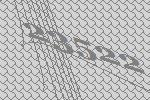
23522